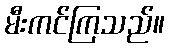
မီးကင်ကြသည်။